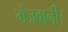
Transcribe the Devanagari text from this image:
मेजबानी।